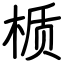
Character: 𬃊